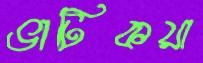
ভাটিকয়া